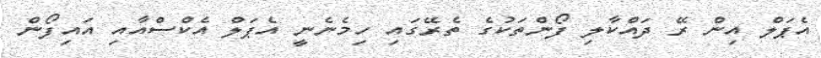
އެޕަލް އިން ރޭ ދައްކާލި ފޯންތަކުގެ ތެރޭގައި ހިމެނެނީ އެޕަލް އެކްސްއާއި އައިފޯން